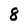
Character: 8